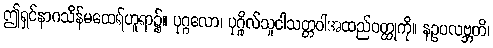
ဤရှင်နာဂသိန်မထေရ်ဟူရာ၌။ ပုဂ္ဂလော၊ ပုဂ္ဂိုလ်သူငါသတ္တဝါအထည်ဝတ္ထုကို။ နဥပလဗ္ဘတိ၊